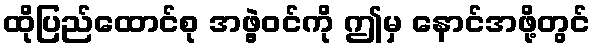
ထိုပြည်ထောင်စု အဖွဲ့ဝင်ကို ဤမှ နောင်အဖို့တွင်